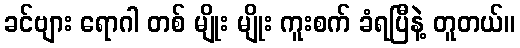
ခင်ဗျား ရောဂါ တစ် မျိုး မျိုး ကူးစက် ခံရပြီနဲ့ တူတယ်။